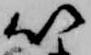
以